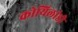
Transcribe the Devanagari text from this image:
कोयिलांडी